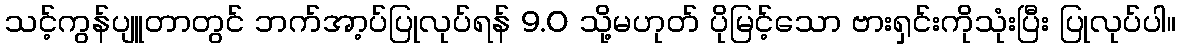
သင့်ကွန်ပျူတာတွင် ဘက်အာ့ပ်ပြုလုပ်ရန် 9.0 သို့မဟုတ် ပိုမြင့်သော ဗားရှင်းကိုသုံးပြီး ပြုလုပ်ပါ။